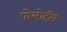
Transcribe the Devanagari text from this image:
पोलोटीन